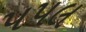
પપલ